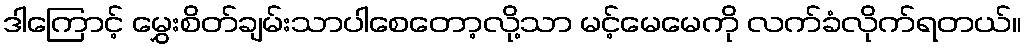
ဒါကြောင့် မွှေးစိတ်ချမ်းသာပါစေတော့လို့သာ မင့်မေမေကို လက်ခံလိုက်ရတယ်။